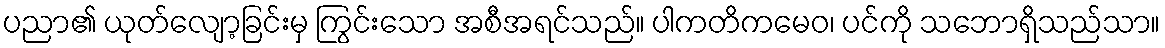
ပညာ၏ ယုတ်လျော့ခြင်းမှ ကြွင်းသော အစီအရင်သည်။ ပါကတိကမေဝ၊ ပင်ကို သဘောရှိသည်သာ။